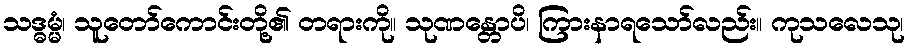
သဒ္ဓမ္မံ၊ သူတော်ကောင်းတို့၏ တရားကို။ သုဏန္တောပိ၊ ကြားနာရသော်လည်း။ ကုသလေသု၊